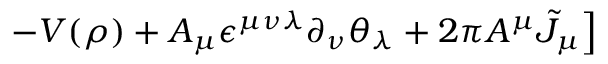
\left. - V ( \rho ) + A _ { \mu } \epsilon ^ { \mu \nu \lambda } \partial _ { \nu } \theta _ { \lambda } + 2 \pi A ^ { \mu } { \tilde { J } } _ { \mu } \right]